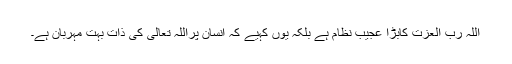
اللہ رب العزت کابڑا عجیب نظام ہے بلکہ یوں کہیے کہ انسان پراللہ تعالی کی ذات بہت مہربان ہے۔